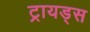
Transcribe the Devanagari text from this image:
ट्रायड्स